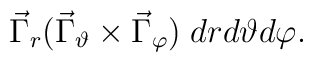
\vec{\Gamma}_r (\vec{\Gamma}_\vartheta \times \vec{\Gamma}_\varphi) \; dr d\vartheta d\varphi .